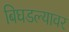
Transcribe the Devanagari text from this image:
बिघडल्यावर